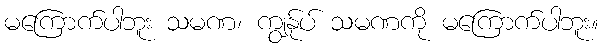
မကြောက်ပါဘူး သမဏ၊ ကျွန်ုပ် သမဏကို မကြောက်ပါဘူး။